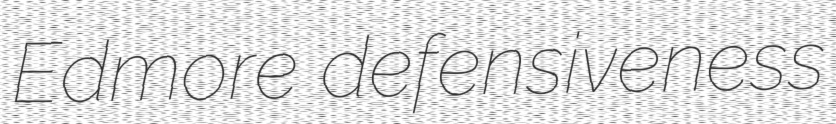
Edmore defensiveness